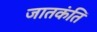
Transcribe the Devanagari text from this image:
जातकंति